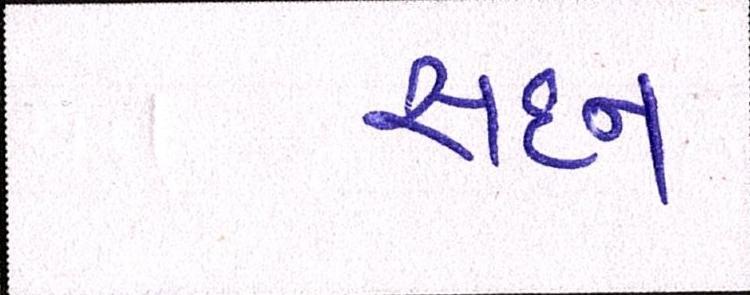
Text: સદન